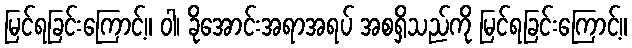
မြင်ရခြင်းကြောင့်။ ဝါ၊ ခိုအောင်းအရာအရပ် အစရှိသည်ကို မြင်ရခြင်းကြောင့်။